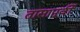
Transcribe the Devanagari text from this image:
तासापूर्वी